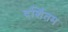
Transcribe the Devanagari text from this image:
दर्शितम